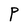
Character: P